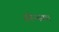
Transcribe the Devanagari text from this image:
स्वेन्स्का